画像に写った文字を読んでください
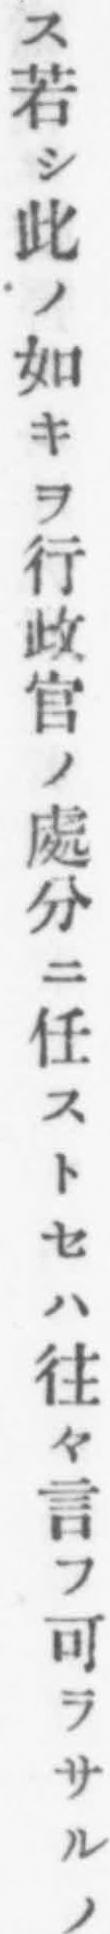
「ス若シ此ノ如キヲ行政官ノ處分ニ任ストセハ往々言フ可ラサルノ」と書いてあります